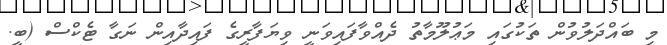
މި ބައްދަލުވުން ތަކުގައި މަޢުލޫމާތު ދެއްވާފައިވަނީ ވިޔަފާރީގެ ފައިދާއިން ނަގާ ޓެކްސް (ބީ.